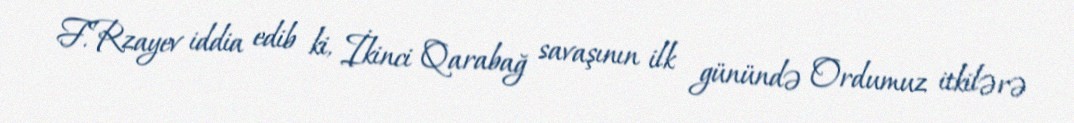
F.Rzayev iddia edib ki, İkinci Qarabağ savaşının ilk günündə Ordumuz itkilərə